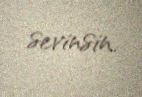
sevinsin.